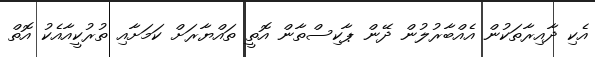
އެކި ދާއިރާތަކުން އެއްބާރުލުން ދޭން ޕާކިސްތާން އޮތީ ތައްޔާރަށް ކަމަށާއި ތުރުކީއާއެކު އޮތް